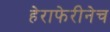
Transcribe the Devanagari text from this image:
हेराफेरीनेच